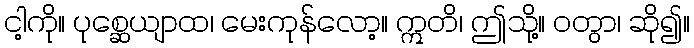
ငါ့ကို။ ပုစ္ဆေယျာထ၊ မေးကုန်လော့။ ဣတိ၊ ဤသို့။ ဝတွာ၊ ဆို၍။